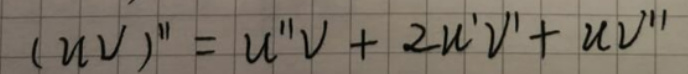
$(uv)'' = u''v + 2u'v' + uv''$